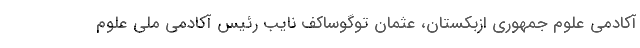
آکادمی علوم جمهوری ازبکستان، عثمان توگوساکف نایب رئیس آکادمی ملی علوم